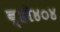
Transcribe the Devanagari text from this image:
व्ही४०४